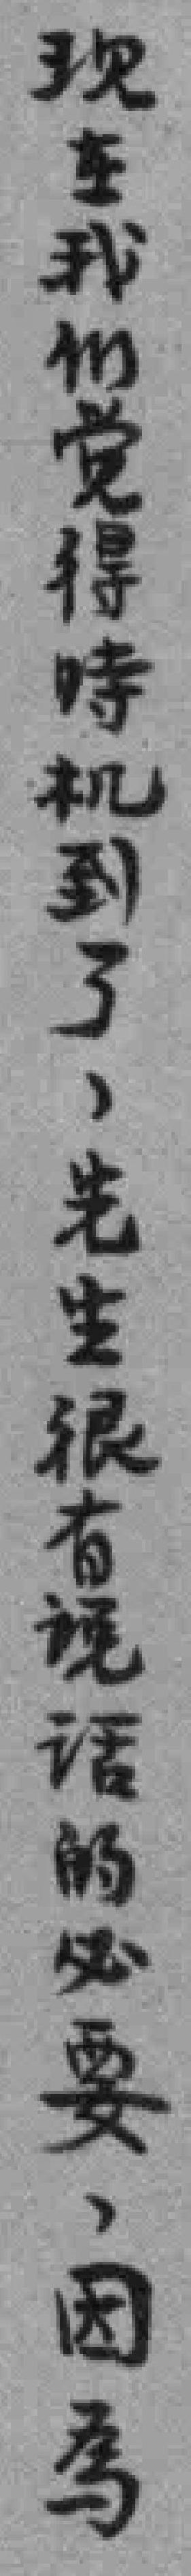
现在我们觉得時机到了，先生很有说话的必要，因為